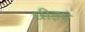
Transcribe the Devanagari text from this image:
धीइये